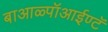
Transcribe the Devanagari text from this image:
बाआळ्पॉआईण्टॅ